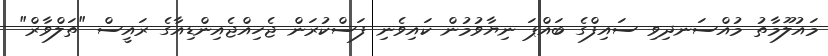
މައުލޫމާތު މުއްސަނދިވި ސައިފްގެ ބައްޕަ ނިޔާވުމުން ކައިވެނި ފަސްކުރަން ޖެހިއްޖެއިންޑިއާގެ ރައީސް "ތަލްވާރް"